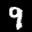
Label: 9